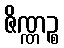
ဇိဏ္ဏဉ္စ